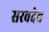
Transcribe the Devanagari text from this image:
सरवदेच